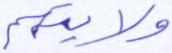
ولايتهم